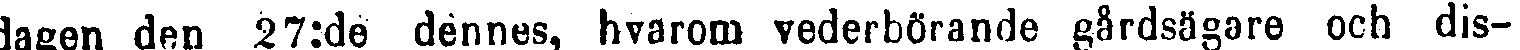
dagen den 27:de dennes, hvarom vederbörande gårdsägare och dis-